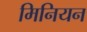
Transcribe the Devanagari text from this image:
मिनियन